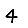
Digit: 4